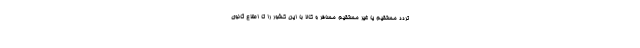
تردد مستقیم یا غیر مستقیم مسافر و کالا با این کشور را تا اطلاع ثانوی